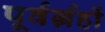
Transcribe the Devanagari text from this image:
पूर्वर्ग्रहों